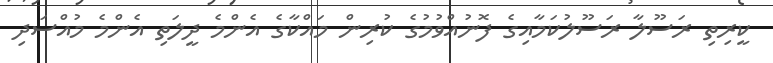
ކީރިތި ރަސޫލާ ރަސޫލުކަމާއިގެ ފޮނުއްވުމުގެ ކުރިން މައްކާގެ އެންމެ ދީލަތި އެންމެ މުއްސަދި